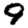
Digit: 9